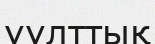
үұлттық